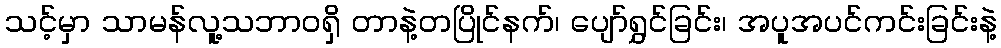
သင့်မှာ သာမန်လူ့သဘာဝရှိ တာနဲ့တပြိုင်နက်၊ ပျော်ရွှင်ခြင်း၊ အပူအပင်ကင်းခြင်းနဲ့